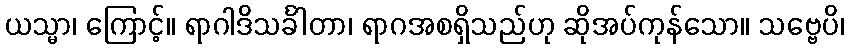
ယသ္မာ၊ ကြောင့်။ ရာဂါဒိသင်္ခါတာ၊ ရာဂအစရှိသည်ဟု ဆိုအပ်ကုန်သော။ သဗ္ဗေပိ၊